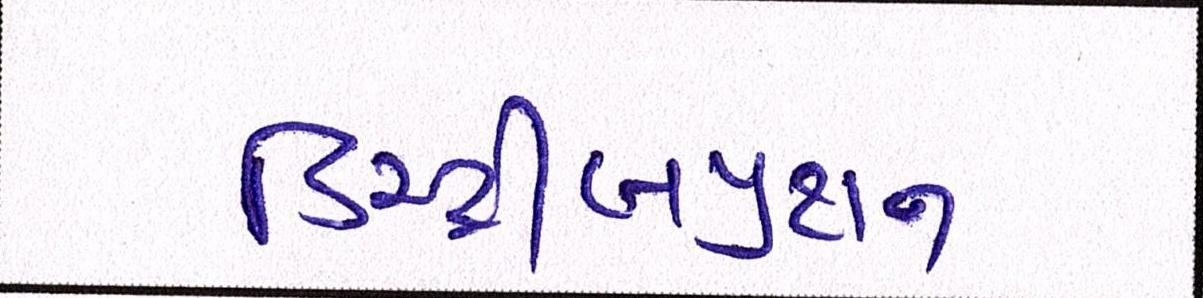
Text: ડિસ્ટ્રીબયુશન